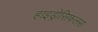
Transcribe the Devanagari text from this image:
हाइड्रोसिफलस